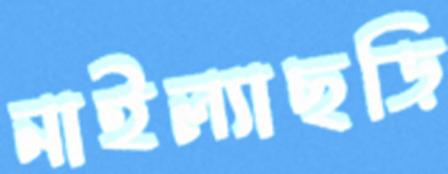
নাইল্যাছড়ি